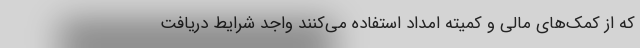
که از کمک‌های مالی و کمیته امداد استفاده می‌کنند واجد شرایط دریافت